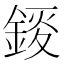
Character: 錽